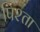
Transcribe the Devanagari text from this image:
पिश्ता